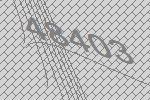
48403